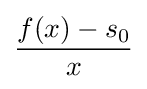
{\frac {f(x)-s_{0}}{x}}